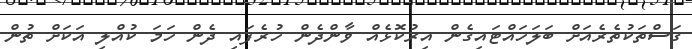
ގަސްތަކުތެރެއަށް ބަލަހައްޓައިގެން އިރުކޮޅެއް ވާންދެން ހުރެފައި ދެން ހަމަ ކުއްލި އަކަށް ތުން